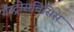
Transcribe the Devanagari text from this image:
गैस्ट्रोसचिसिस